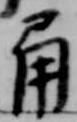
角